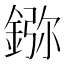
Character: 𨨮